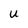
Character: U